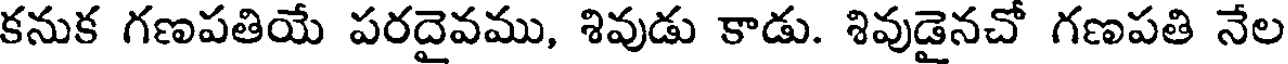
కనుక గణపతియే పరదైవము, శివుడు కాడు. శివుడైనచో గణపతి నేల